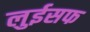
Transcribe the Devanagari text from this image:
लुईसफ